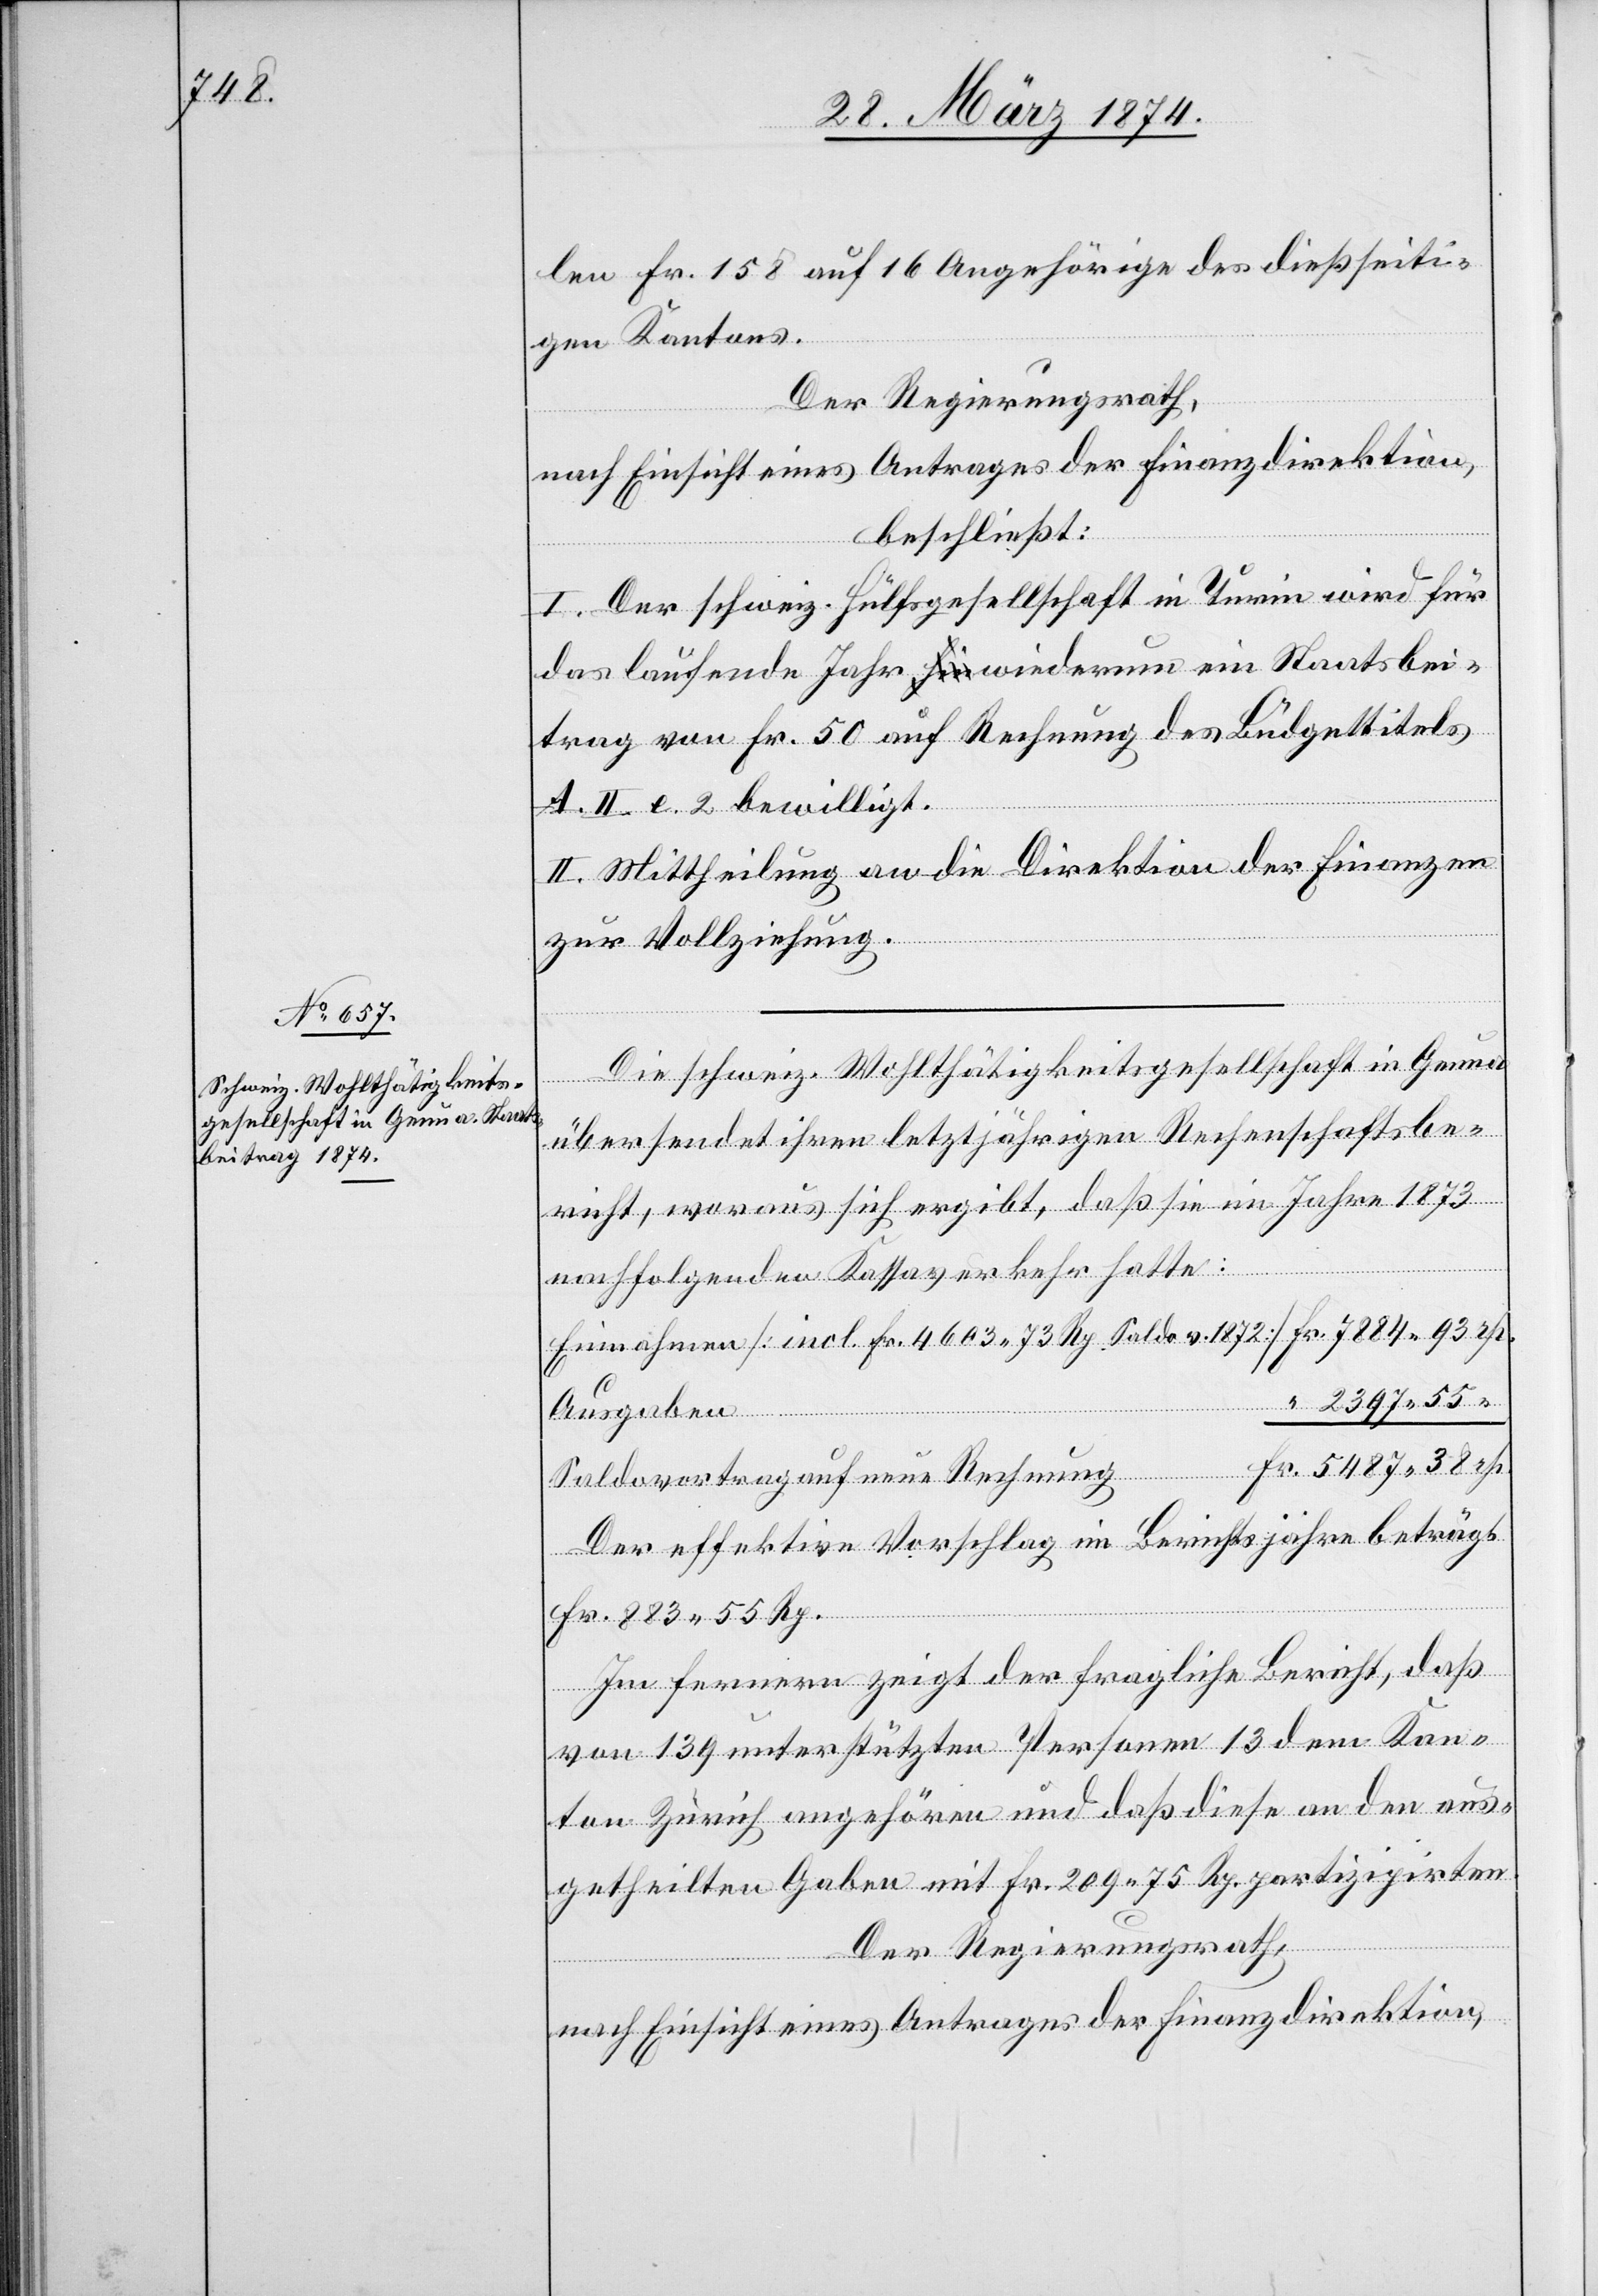
len Fr. 158 auf 16 Angehörige des dießseiti¬
gen Kantons.
Der Regierungsrath,
nach Einsicht eines Antrages der Finanzdirektion,
beschließt:
I. Der schweiz. Hülfsgesellschaft in Turin wird für
das laufende Jahr wiederum ein Staatsbei¬
trag von Fr. 50 auf Rechnung des Büdgettitels
A. II. e. 2 bewilligt.
II. Mittheilung an die Direktion der Finanzen
zur Vollziehung.
Die schweiz. Wohltätigkeitsgesellschaft in Genua
übersendet ihren letztjährigen Rechenschaftsbe¬
richt, woraus sich ergibt, daß sie im Jahre 1873
nachfolgenden Kassaverkehr hatte:
Einnahmen [incl. Fr. 4603.73 Rp. Saldo v. 1872] 		Fr. 7884.93 Rp.
“ 2397.55
Saldovortrag auf neue Rechnung 			Fr. 5487.38 Rp.
Der effektive Vorschlag im Berichtsjahre beträgt
Fr. 883.55 Rp.
Im fernern zeigt der fragliche Bericht, daß
von 139 unterstützten Personen 13 dem Kan¬
ton Zürich angehören und daß diese an den aus¬
getheilten Gaben mit Fr. 209.75 Rp. partizipirten.
Der Regierungsrath,
nach Einsicht eines Antrages der Direktion der Finanzen,